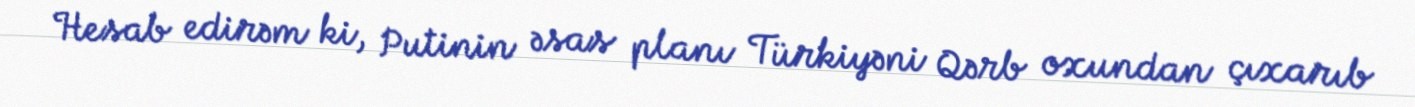
Hesab edirəm ki, Putinin əsas planı Türkiyəni Qərb oxundan çıxarıb